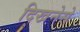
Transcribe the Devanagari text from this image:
दिखनेसे